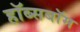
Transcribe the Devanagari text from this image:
हॉब्सबॉम